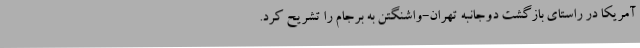
آمریکا در راستای بازگشت دوجانبه تهران-واشنگتن به برجام را تشریح کرد.